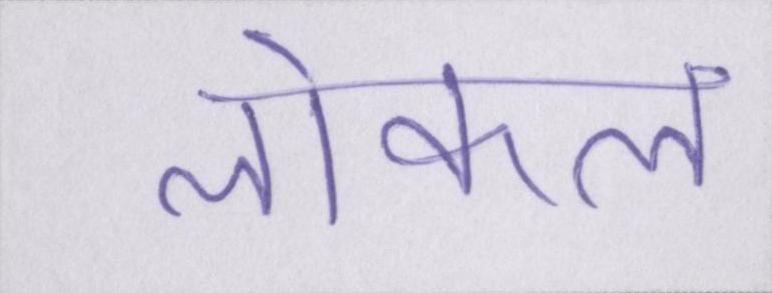
लोकल